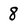
Character: 8